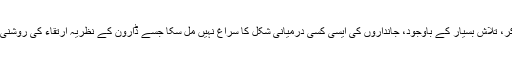
ان تمام سائنسی کاوشوں سے ہٹ کر، تلاشِ بسیار کے باوجود، جانداروں کی ایسی کسی درمیانی شکل کا سراغ نہیں مل سکا جسے ڈاروِن کے نظریہ ارتقاء کی روشنی میں لازماً موجود ہونا چاہیے تھا۔